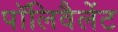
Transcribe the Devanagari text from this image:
पॉलिवैलेंट